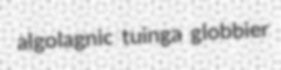
algolagnic tuinga globbier